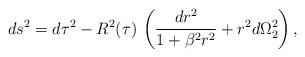
LaTeX: \begin{align*}ds^2 = d\tau^2 - R^2(\tau)\, \left(\frac{dr^2}{1+\beta^2 r^2} + r^2 d\Omega_{2}^2\right),\end{align*}